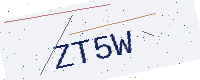
Text: ZT5W